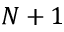
N + 1